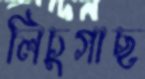
লিচুগাছ